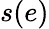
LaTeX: s(e)